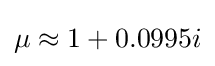
\mu \approx 1+0.0995i